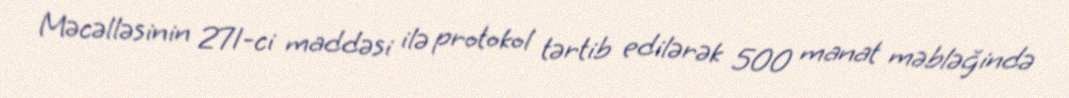
Məcəlləsinin 271-ci maddəsi ilə protokol tərtib edilərək 500 manat məbləğində